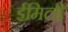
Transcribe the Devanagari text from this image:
ईमिली